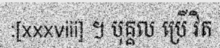
:[xxxviii] ។ បុគ្គល ប្រើ វិត